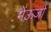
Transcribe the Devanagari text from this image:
मेंऊर्जा